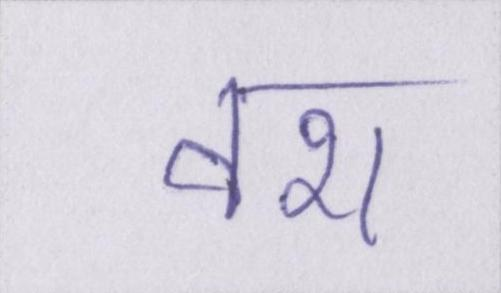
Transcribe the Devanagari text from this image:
वश